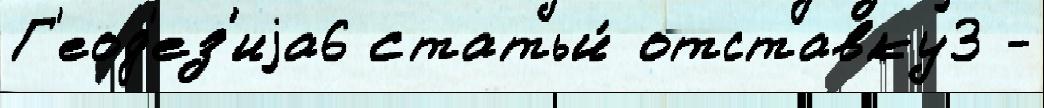
Г'еод'ез'иjа6 статьи́ отставку3 -